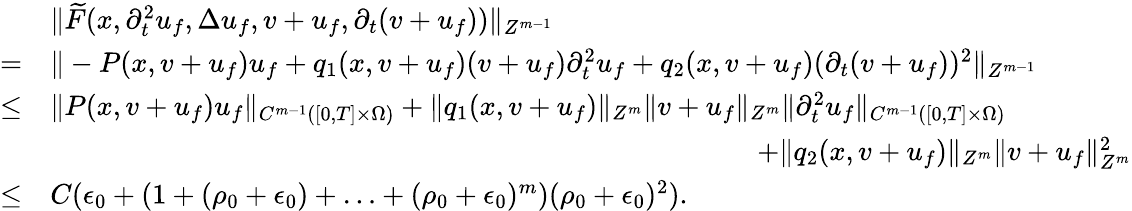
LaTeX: \begin{array}{rl}&{\| \widetilde{F}(x,\partial_{t}^{2}u_{f},\Delta u_{f},v+u_{f},\partial_{t}(v+u_{f}))\| _{Z^{m-1}}}\\ {=}&{\| -P(x,v+u_{f})u_{f}+q_{1}(x,v+u_{f})(v+u_{f})\partial_{t}^{2}u_{f}+q_{2}(x,v+u_{f})(\partial_{t}(v+u_{f}))^{2}\| _{Z^{m-1}}}\\ {\leq}&{\| P(x,v+u_{f})u_{f}\| _{C^{m-1}([0,T]\times\Omega)}+\| q_{1}(x,v+u_{f})\| _{Z^{m}}\| v+u_{f}\| _{Z^{m}}\| \partial_{t}^{2}u_{f}\| _{C^{m-1}([0,T]\times\Omega)}}\\ &{\quad\quad\quad\quad\quad\quad\quad\quad\quad\quad\quad\quad\quad\quad\quad\quad\quad\quad\quad\quad\quad\quad\quad\quad\quad+\| q_{2}(x,v+u_{f})\| _{Z^{m}}\| v+u_{f}\| _{Z^{m}}^{2}}\\ {\leq}&{C(\epsilon_{0}+(1+(\rho_{0}+\epsilon_{0})+\ldots+(\rho_{0}+\epsilon_{0})^{m})(\rho_{0}+\epsilon_{0})^{2}).}\end{array}